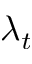
\lambda _ { t }